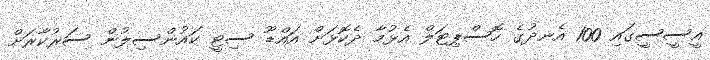
އީސީސީގައި 100 އެނދުގެ ހޮސްޕިޓަލް އެޅުމާ ދެކޮޅަށް އައްޑޫ ސިޓީ ކައުންސިލުން ސަރުކާރަށް